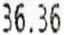
36.36